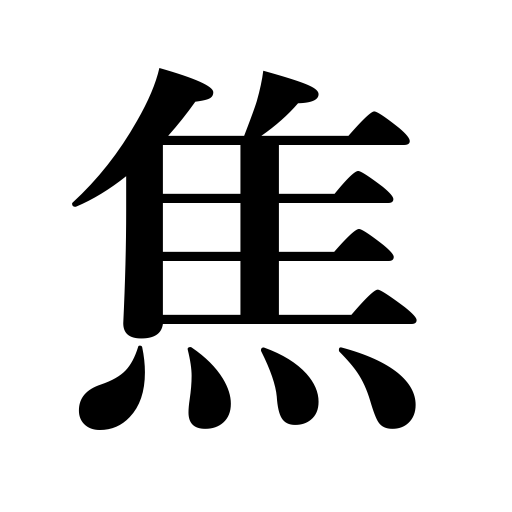
Meanings: pine for,be impatient,be overzealous,yearn for,burn,be hasty,scorch,be deeply in love with,singe,be scorched,be in a hurry,char